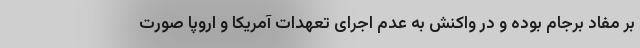
بر مفاد برجام بوده و در واکنش به عدم اجرای تعهدات آمریکا و اروپا صورت